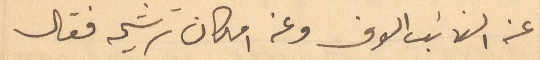
عن النائب الوف وعن امكان ترشيحه فقال